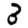
Digit: 3